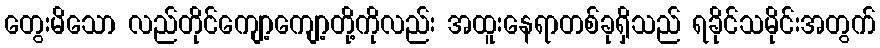
တွေးမိသော လည်တိုင်ကျော့ကျော့တို့ကိုလည်း အထူးနေရာတစ်ခုရှိသည် ရခိုင်သမိုင်းအတွက်